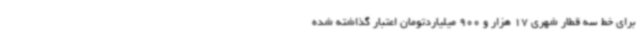
برای خط سه قطار شهری 17 هزار و 900 میلیاردتومان اعتبار گذاشته شده